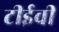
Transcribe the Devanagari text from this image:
टीईवी